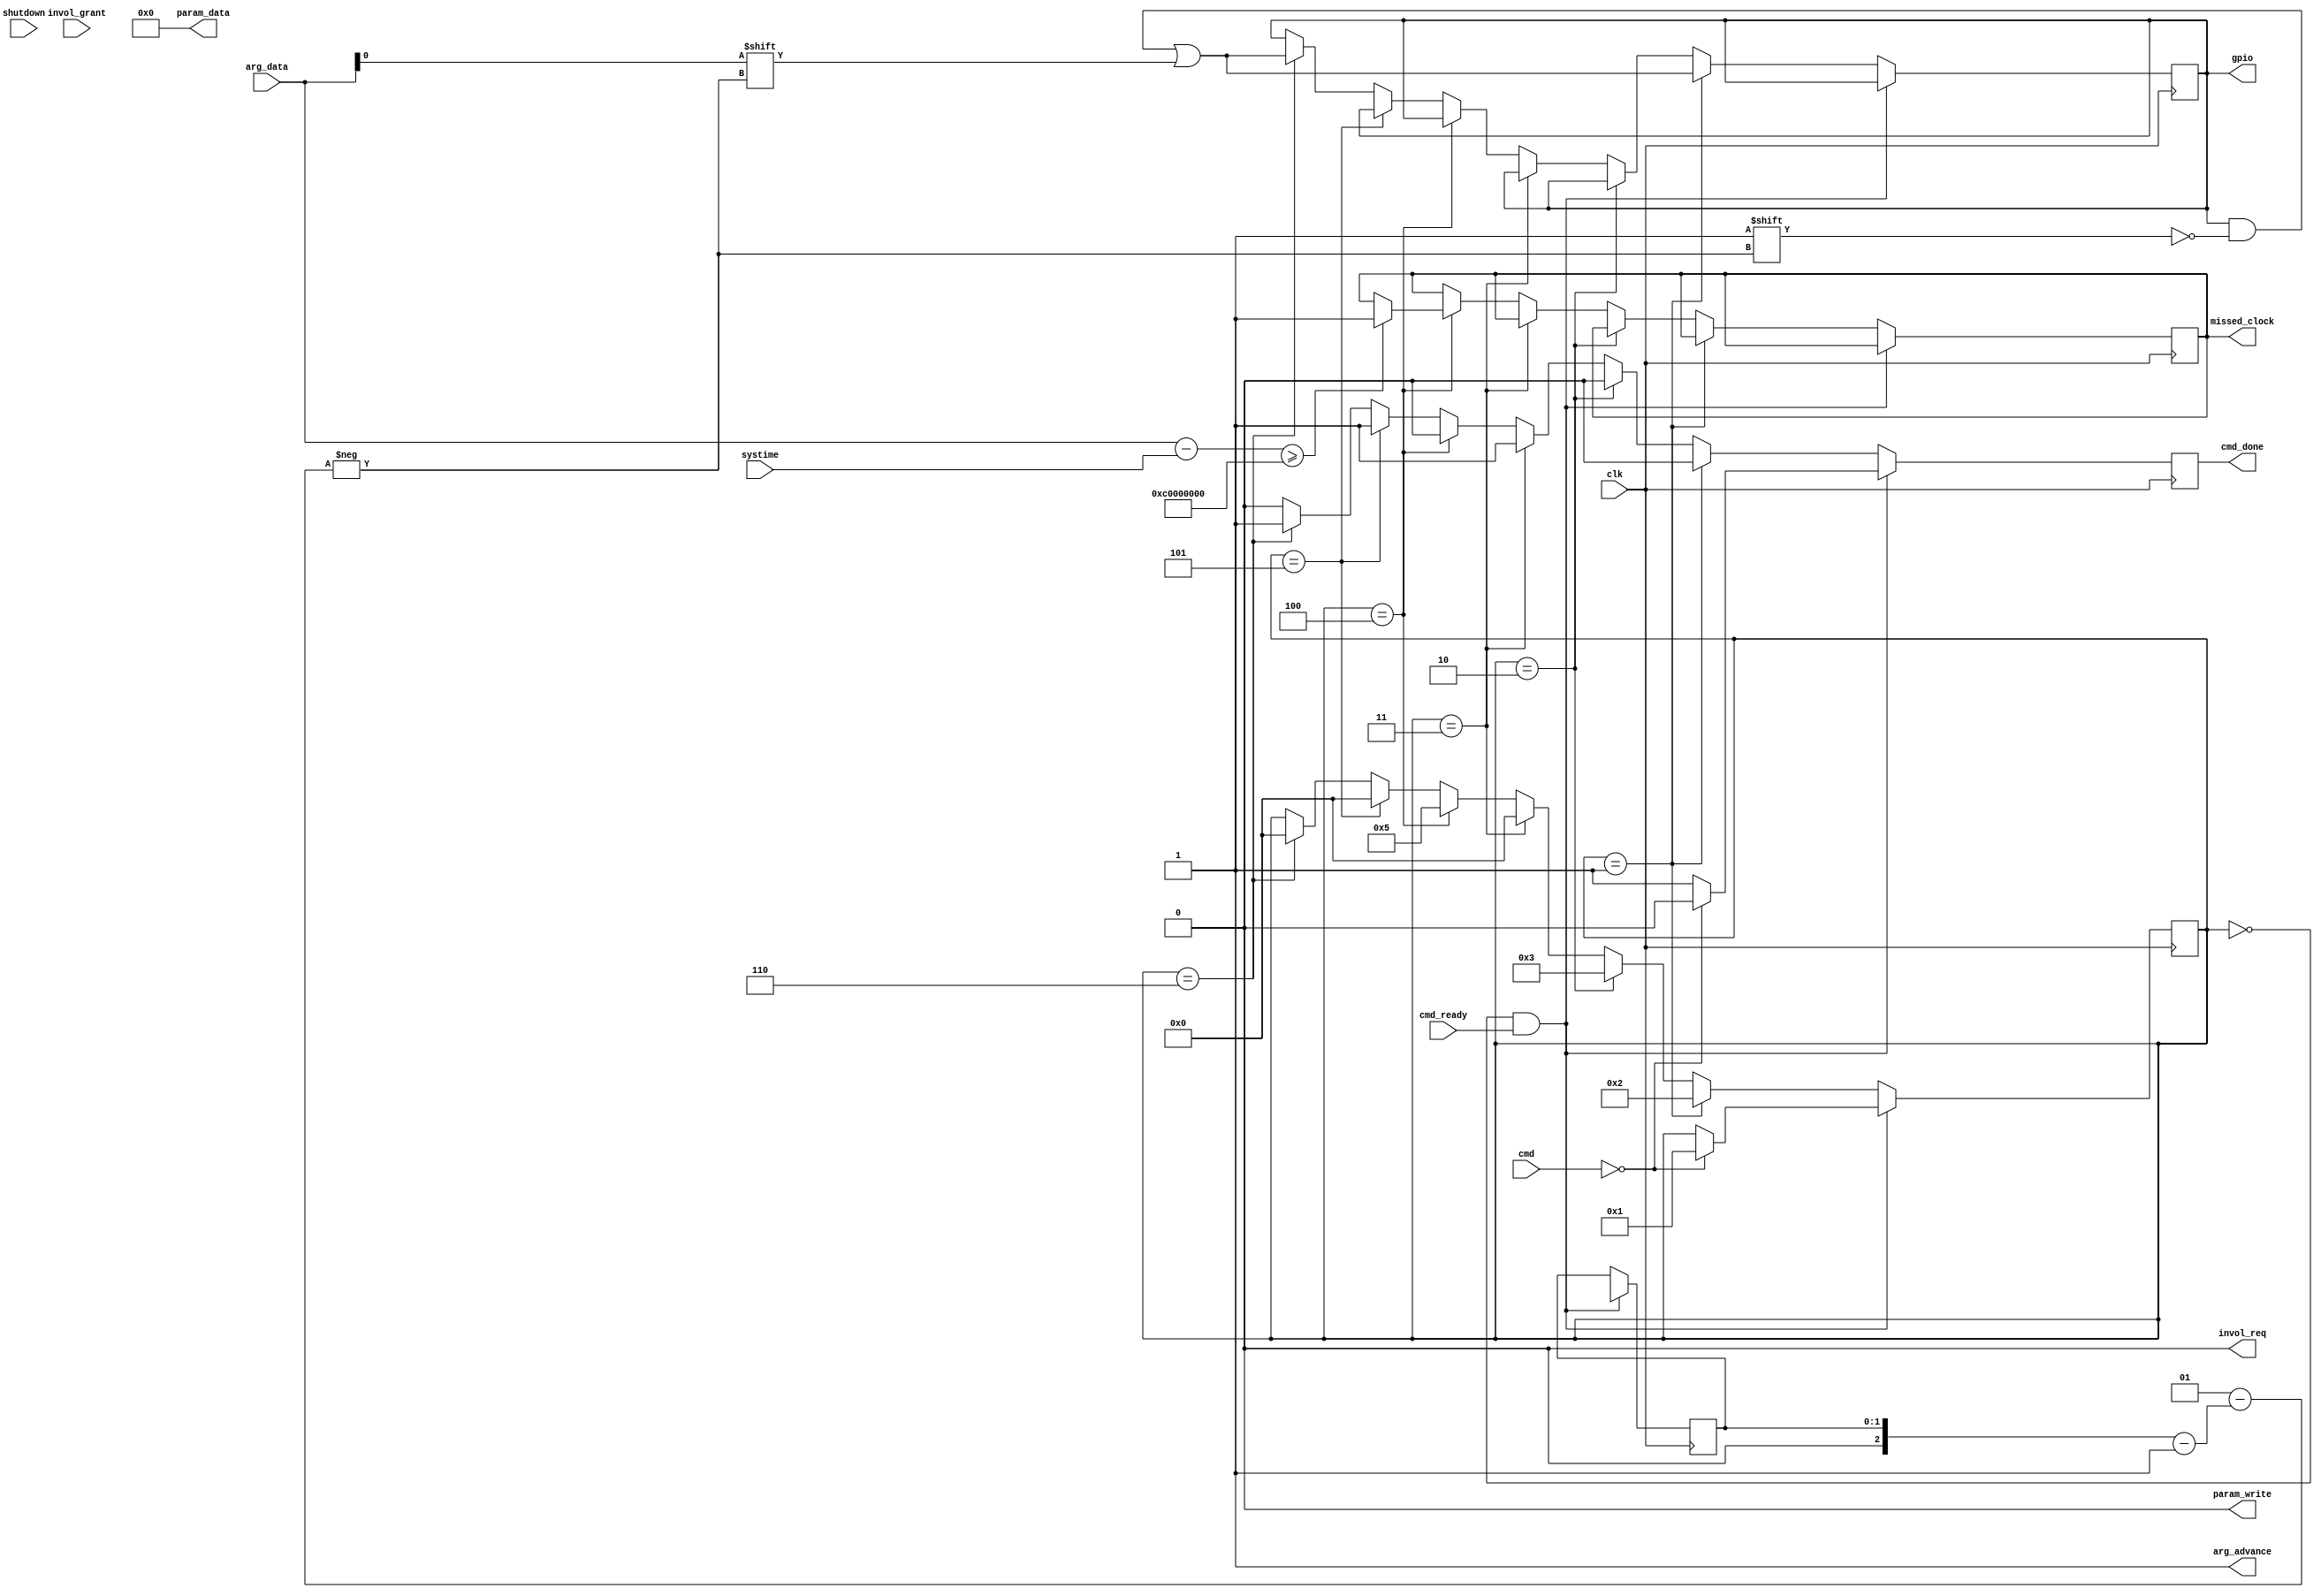
module gpio #(
	parameter NGPIO = 0,
	parameter CMD_BITS = 0,
	parameter CMD_SET_DIGITAL_OUT = 0,
	parameter CMD_CONFIG_DIGITAL_OUT = 0,
	parameter CMD_SCHEDULE_DIGITAL_OUT = 0,
	parameter CMD_UPDATE_DIGITAL_OUT = 0
) (
	input wire clk,
	input wire [31:0] systime,

	input wire [31:0] arg_data,
	output wire arg_advance,
	input wire [CMD_BITS-1:0] cmd,
	input wire cmd_ready,
	output reg cmd_done = 0,

	output reg [32:0] param_data = 0,
	output reg param_write = 0,

	output reg invol_req = 0,
	input wire invol_grant,

	output reg [NGPIO-1:0] gpio = { NGPIO { 1'b1 } },

	input wire shutdown,

	output reg missed_clock = 0
);

reg [31:0] next_time[NGPIO];
reg next_value[NGPIO];
reg scheduled[NGPIO];
reg default_value[NGPIO];
reg [31:0] max_duration[NGPIO];
reg [31:0] duration[NGPIO];
integer i;
initial begin
	for (i = 0; i < NGPIO; i = i + 1) begin
		next_time[i] = 0;
		default_value[i] = 1'b0;
		max_duration[i] = 0;
		duration[i] = 0;
		scheduled[i] = 0;
	end
end

localparam PS_IDLE = 0;
localparam PS_CONFIG_1 = 1;
localparam PS_CONFIG_2 = 2;
localparam PS_CONFIG_3 = 3;
localparam PS_SCHEDULE_GPIO_1 = 4;
localparam PS_SCHEDULE_GPIO_2 = 5;
localparam PS_SET_GPIO_1 = 6;
localparam PS_MAX = 6;
localparam PS_BITS = $clog2(PS_MAX + 1);
localparam NGPIO_BITS = $clog2(NGPIO);
reg [3:0] state = PS_IDLE;
reg [NGPIO_BITS-1:0] channel = 0;
/* just keep asserted, we'll read one arg per clock */
assign arg_advance = 1;
always @(posedge clk) begin
	if (cmd_done)
		cmd_done <= 0;
/*
        "config_digital_out oid=%c pin=%u value=%c default_value=%c max_duration=%u": 21,
        "schedule_digital_out oid=%c clock=%u value=%c": 26,
        "update_digital_out oid=%c value=%c": 60
        "set_digital_out pin=%u value=%c": 6,
*/

	/*
	 * gpio duration safety feature. Must be before state
	 * machine because gpio_duration is set on load.
	 * duration = 0 turns this check off
	 */
	for (i = 0; i < NGPIO; i = i + 1) begin
		if (shutdown || duration[i] == 1) begin
			gpio[i] <= default_value[i];
		end
		if (duration[i] != 0) begin
			duration[i] <= duration[i] - 1;
		end
	end

	if (state == PS_IDLE && cmd_ready) begin
		// common to all cmds
		channel <= arg_data[NGPIO_BITS-1:0];
		if (cmd == CMD_CONFIG_DIGITAL_OUT) begin
			state <= PS_CONFIG_1;
		end else if (cmd == CMD_SCHEDULE_DIGITAL_OUT) begin
			state <= PS_SCHEDULE_GPIO_1;
		end else if (cmd == CMD_UPDATE_DIGITAL_OUT ||
		             cmd == CMD_SET_DIGITAL_OUT) begin
			/* both commands are the same */
			state <= PS_SET_GPIO_1;
		end else begin
			cmd_done <= 1;
		end
	end else if (state == PS_CONFIG_1) begin
		gpio[channel] <= arg_data[0];
		state <= PS_CONFIG_2;
	end else if (state == PS_CONFIG_2) begin
		default_value[channel] <= arg_data[0];
		state <= PS_CONFIG_3;
	end else if (state == PS_CONFIG_3) begin
		max_duration[channel] <= arg_data;
		cmd_done <= 1;
		state <= PS_IDLE;
	end else if (state == PS_SCHEDULE_GPIO_1) begin
		next_time[channel] <= arg_data;
		if (arg_data - systime >= 32'hc0000000)
			missed_clock <= 1;
		state <= PS_SCHEDULE_GPIO_2;
	end else if (state == PS_SCHEDULE_GPIO_2) begin
		next_value[channel] <= arg_data;
		scheduled[channel] <= 1;
		cmd_done <= 1;
		state <= PS_IDLE;
	end else if (state == PS_SET_GPIO_1) begin
		gpio[channel] <= arg_data[0];
		cmd_done <= 1;
		state <= PS_IDLE;
	end

	/*
	 * loading of gpio_value, schedule
	 */
	for (i = 0; i < NGPIO; i = i + 1) begin
		if (scheduled[i] && next_time[i] == systime[31:0]) begin
			gpio[i] <= next_value[i];
			duration[i] <= max_duration[i];
			scheduled[i] <= 0;
		end
	end
end

endmodule